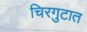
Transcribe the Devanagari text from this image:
चिरगुटात